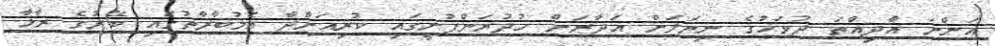
އަންނަ އާދިއްތަ ދުވަހުގެ ނިޔަލަށް އަދާރަން ހުދުރަންފުށީގައި ކުރިއަށްދާ އެމުބާރާތުގައި ބޭރުގެ ރާޅާ